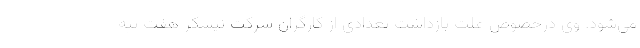
می‌شود. وی درخصوص علت بازداشت تعدادی از کارگران شرکت نیشکر هفت تپه